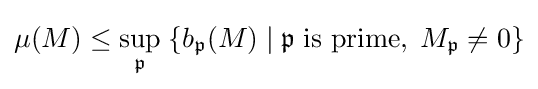
\mu (M)\leq \sup _{\mathfrak {p}}\;\{b_{\mathfrak {p}}(M)\;|\;{\mathfrak {p}}\;{\text{is prime}},\;M_{\mathfrak {p}}\neq 0\}